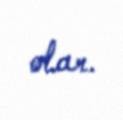
olar.